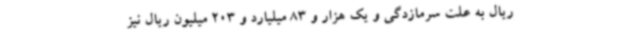
ریال به علت سرمازدگی و یک هزار و 83 میلیارد و 203 میلیون ریال نیز